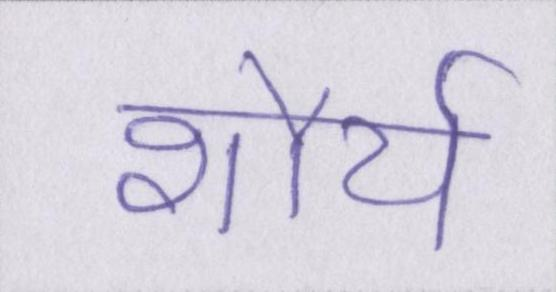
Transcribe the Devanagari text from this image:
शौर्य